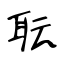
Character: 耺